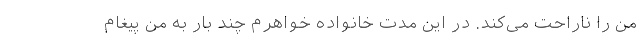
من را ناراحت می‌کند. در این مدت خانواده خواهرم چند بار به من پیغام